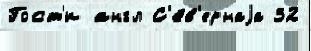
Гост'и англ С'е́в'ернаjа 32